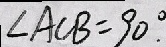
\angle A C B = 9 0 ^ { \circ } .